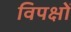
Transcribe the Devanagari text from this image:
विपक्षों